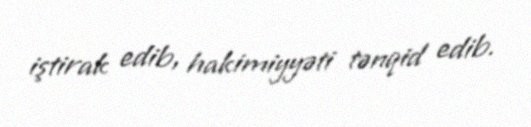
iştirak edib, hakimiyyəti tənqid edib.